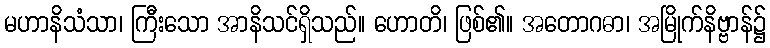
မဟာနိသံသာ၊ ကြီးသော အာနိသင်ရှိသည်။ ဟောတိ၊ ဖြစ်၏။ အတောဂဓာ၊ အမြိုက်နိဗ္ဗာန်၌